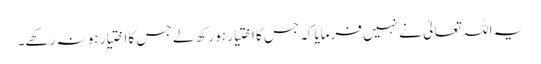
یہ اللہ تعالیٰ نے نہیں فرمایاکہ جس کا اختیار ہو رکھ لے جس کا اختیار ہو نہ رکھے۔